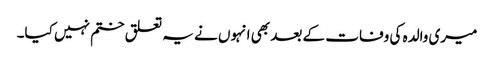
میری والدہ کی وفات کے بعد بھی انہوں نے یہ تعلق ختم نہیں کیا۔